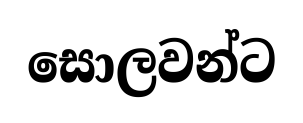
සොලවන්ට